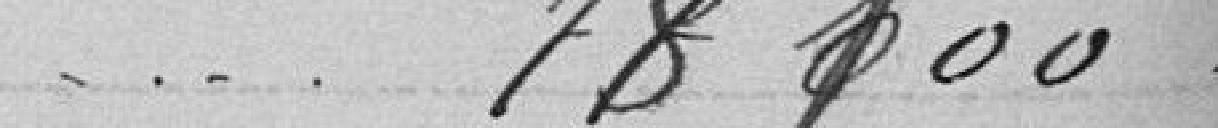
78100